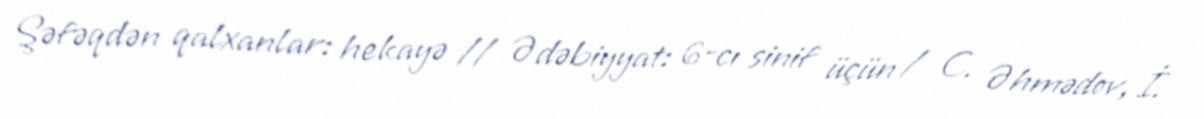
Şəfəqdən qalxanlar: hekayə // Ədəbiyyat: 6-cı sinif üçün / C. Əhmədov, İ.